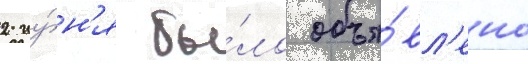
2 иу́н'я бы́ло объя́вл'ено